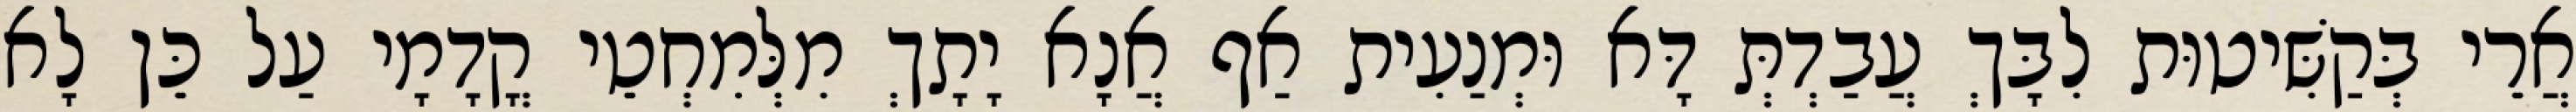
אֲרֵי בְּקַשִּׁיטוּת לִבָּךְ עֲבַדְתְּ דָּא וּמְנַעִית אַף אֲנָא יָתָךְ מִלְּמִחְטֵי קֳדָמָי עַל כֵּן לָא